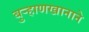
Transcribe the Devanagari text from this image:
बुर्‍हाणखानाने